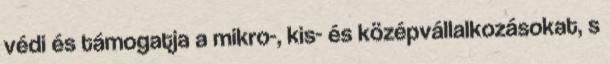
védi és támogatja a mikro-, kis- és középvállalkozásokat, s